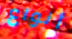
أنواع